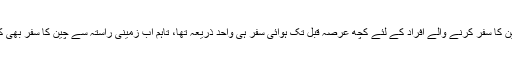
پاکستان سے چین کا سفر کرنے والے افراد کے لئے کچھ عرصہ قبل تک ہوائی سفر ہی واحد ذریعہ تھا، تاہم اب زمینی راستہ سے چین کا سفر بھی کیا جا سکتا ہے۔